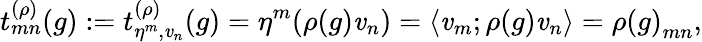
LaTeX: t_{mn}^{(\rho)}(g):=t_{\eta^{m},\mathit{v}_{n}}^{(\rho)}(g)=\eta^{m}(\rho(g)\mathit{v}_{n})=\left<\mathit{v}_{m};\rho(g)\mathit{v}_{n}\right>={\rho(g)}_{mn},